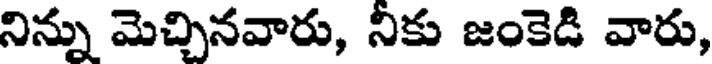
నిన్ను మెచ్చినవారు, నికు జంకెడి వారు,